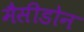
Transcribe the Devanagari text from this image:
मैसीडोन